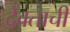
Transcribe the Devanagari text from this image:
देवताची